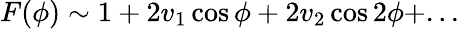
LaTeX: F(\phi)\sim 1+2v_{1}\cos\phi+2v_{2}\cos 2\phi+...